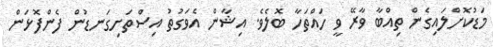
މަޑުކޮށްލައިގެން ތިއްބާ ވާރޭ ވީ ހައްތަހާ ބޮލެވެ. އިޝާން އެވަގުތު އިސްތަށިގަނޑުން ފެންފޮޅަން